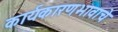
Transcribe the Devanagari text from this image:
कार्यकारणभावाचे